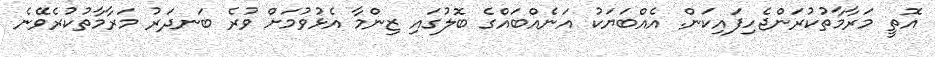
އޮތީ މަރާމާތުކުރަންޖެހިފައިކަން. އެއްބަޔަކު އަނެއްބައްގެ ބޮލުގައި ޒިންމާ އެޅުވުމަށް ވުރެ ބަނދަރު މަރާމާތުކުރެވޭނެ